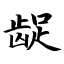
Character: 龊